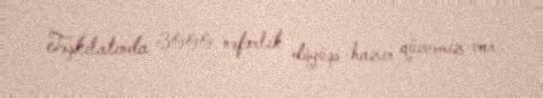
Təşkilatında 3000 nəfərlik döyüşə hazır qüvvəmiz var.